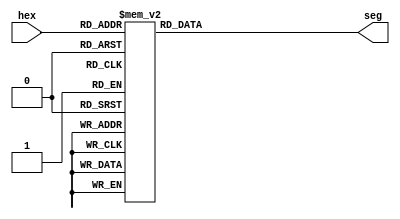
`timescale 1ns / 1ps

module hex_to_7_seg(
    output reg [6:0] seg,
    input wire [3:0] hex
);
    always @(hex) begin
        case (hex)
            4'b0001 : seg <= 7'b1111001;   // 1
            4'b0010 : seg <= 7'b0100100;   // 2
            4'b0011 : seg <= 7'b0110000;   // 3
            4'b0100 : seg <= 7'b0011001;   // 4
            4'b0101 : seg <= 7'b0010010;   // 5
            4'b0110 : seg <= 7'b0000010;   // 6
            4'b0111 : seg <= 7'b1111000;   // 7
            4'b1000 : seg <= 7'b0000000;   // 8
            4'b1001 : seg <= 7'b0010000;   // 9
            4'b1010 : seg <= 7'b0001000;   // A
            4'b1011 : seg <= 7'b0000011;   // b
            4'b1100 : seg <= 7'b1000110;   // C
            4'b1101 : seg <= 7'b0100001;   // d
            4'b1110 : seg <= 7'b0000110;   // E
            4'b1111 : seg <= 7'b0001110;   // F
            default : seg <= 7'b1000000;   // 0
        endcase
    end
endmodule